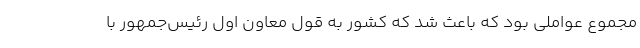
مجموع عواملی بود که باعث شد که کشور به قول معاون اول رئیس‌جمهور با